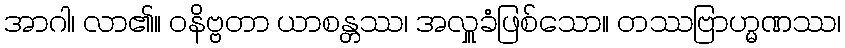
အာဂါ၊ လာ၏။ ဝနိဗ္ဗတာ ယာစန္တဿ၊ အလှူခံဖြစ်သော။ တဿဗြာဟ္မဏဿ၊